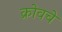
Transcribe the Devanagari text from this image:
क्रोवचे